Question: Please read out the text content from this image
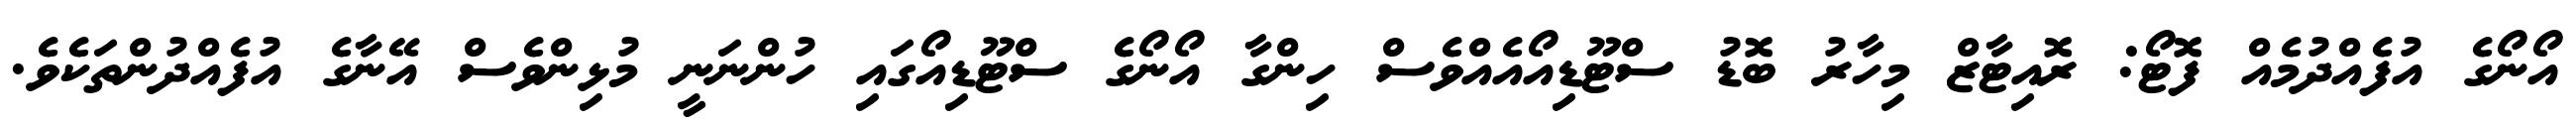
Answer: އޯނޯގެ އުފެއްދުމެއް ފޮޓޯ: ރޮއިޓާޒް މިހާރު ބޮޑު ސްޓޫޑިއޯއެއްވެސް ހިންގާ އޯނޯގެ ސްޓޫޑިއޯގައި ހުންނަނީ މުޅިންވެސް އޭނާގެ އުފެއްދުންތަކެވެ.